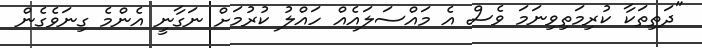
"ދަތިތަކާ ކުރިމަތިވިނަމަ ވެސް އެ މައްސަލައެއް ހައްލު ކުރުމަށް ނަގާނީ އެންމެ ގިނަވެގެން